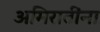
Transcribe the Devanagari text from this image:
अमिरातींना